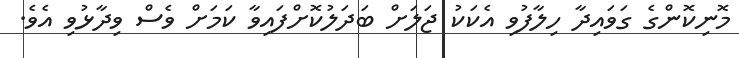
މޮނިކޮންގެ ގަވައިދާ ހިލާފުވި އެކަކު ޖަލަށް ބަދަލުކޮށްފައިވާ ކަމަށް ވެސް ވިދާޅުވި އެވެ.